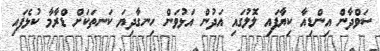
ސަވްދާން އިންޑިއާ ކިޔާފައި ލޮލުގައި އަދުން އަޅުވަން ހިނގާދިޔަ ކަނތަކަށް ޑްރާމާ ކުޅެފައި